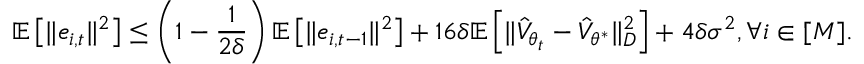
\mathbb { E } \left[ \Vert e _ { i , t } \Vert ^ { 2 } \right] \leq \left( 1 - \frac { 1 } { 2 \delta } \right) \mathbb { E } \left[ \Vert e _ { i , t - 1 } \Vert ^ { 2 } \right] + 1 6 \delta \mathbb { E } \left[ \Vert \hat { V } _ { { \theta } _ { t } } - \hat { V } _ { { \theta } ^ { * } } \Vert _ { D } ^ { 2 } \right] + 4 \delta \sigma ^ { 2 } , \forall i \in [ M ] .